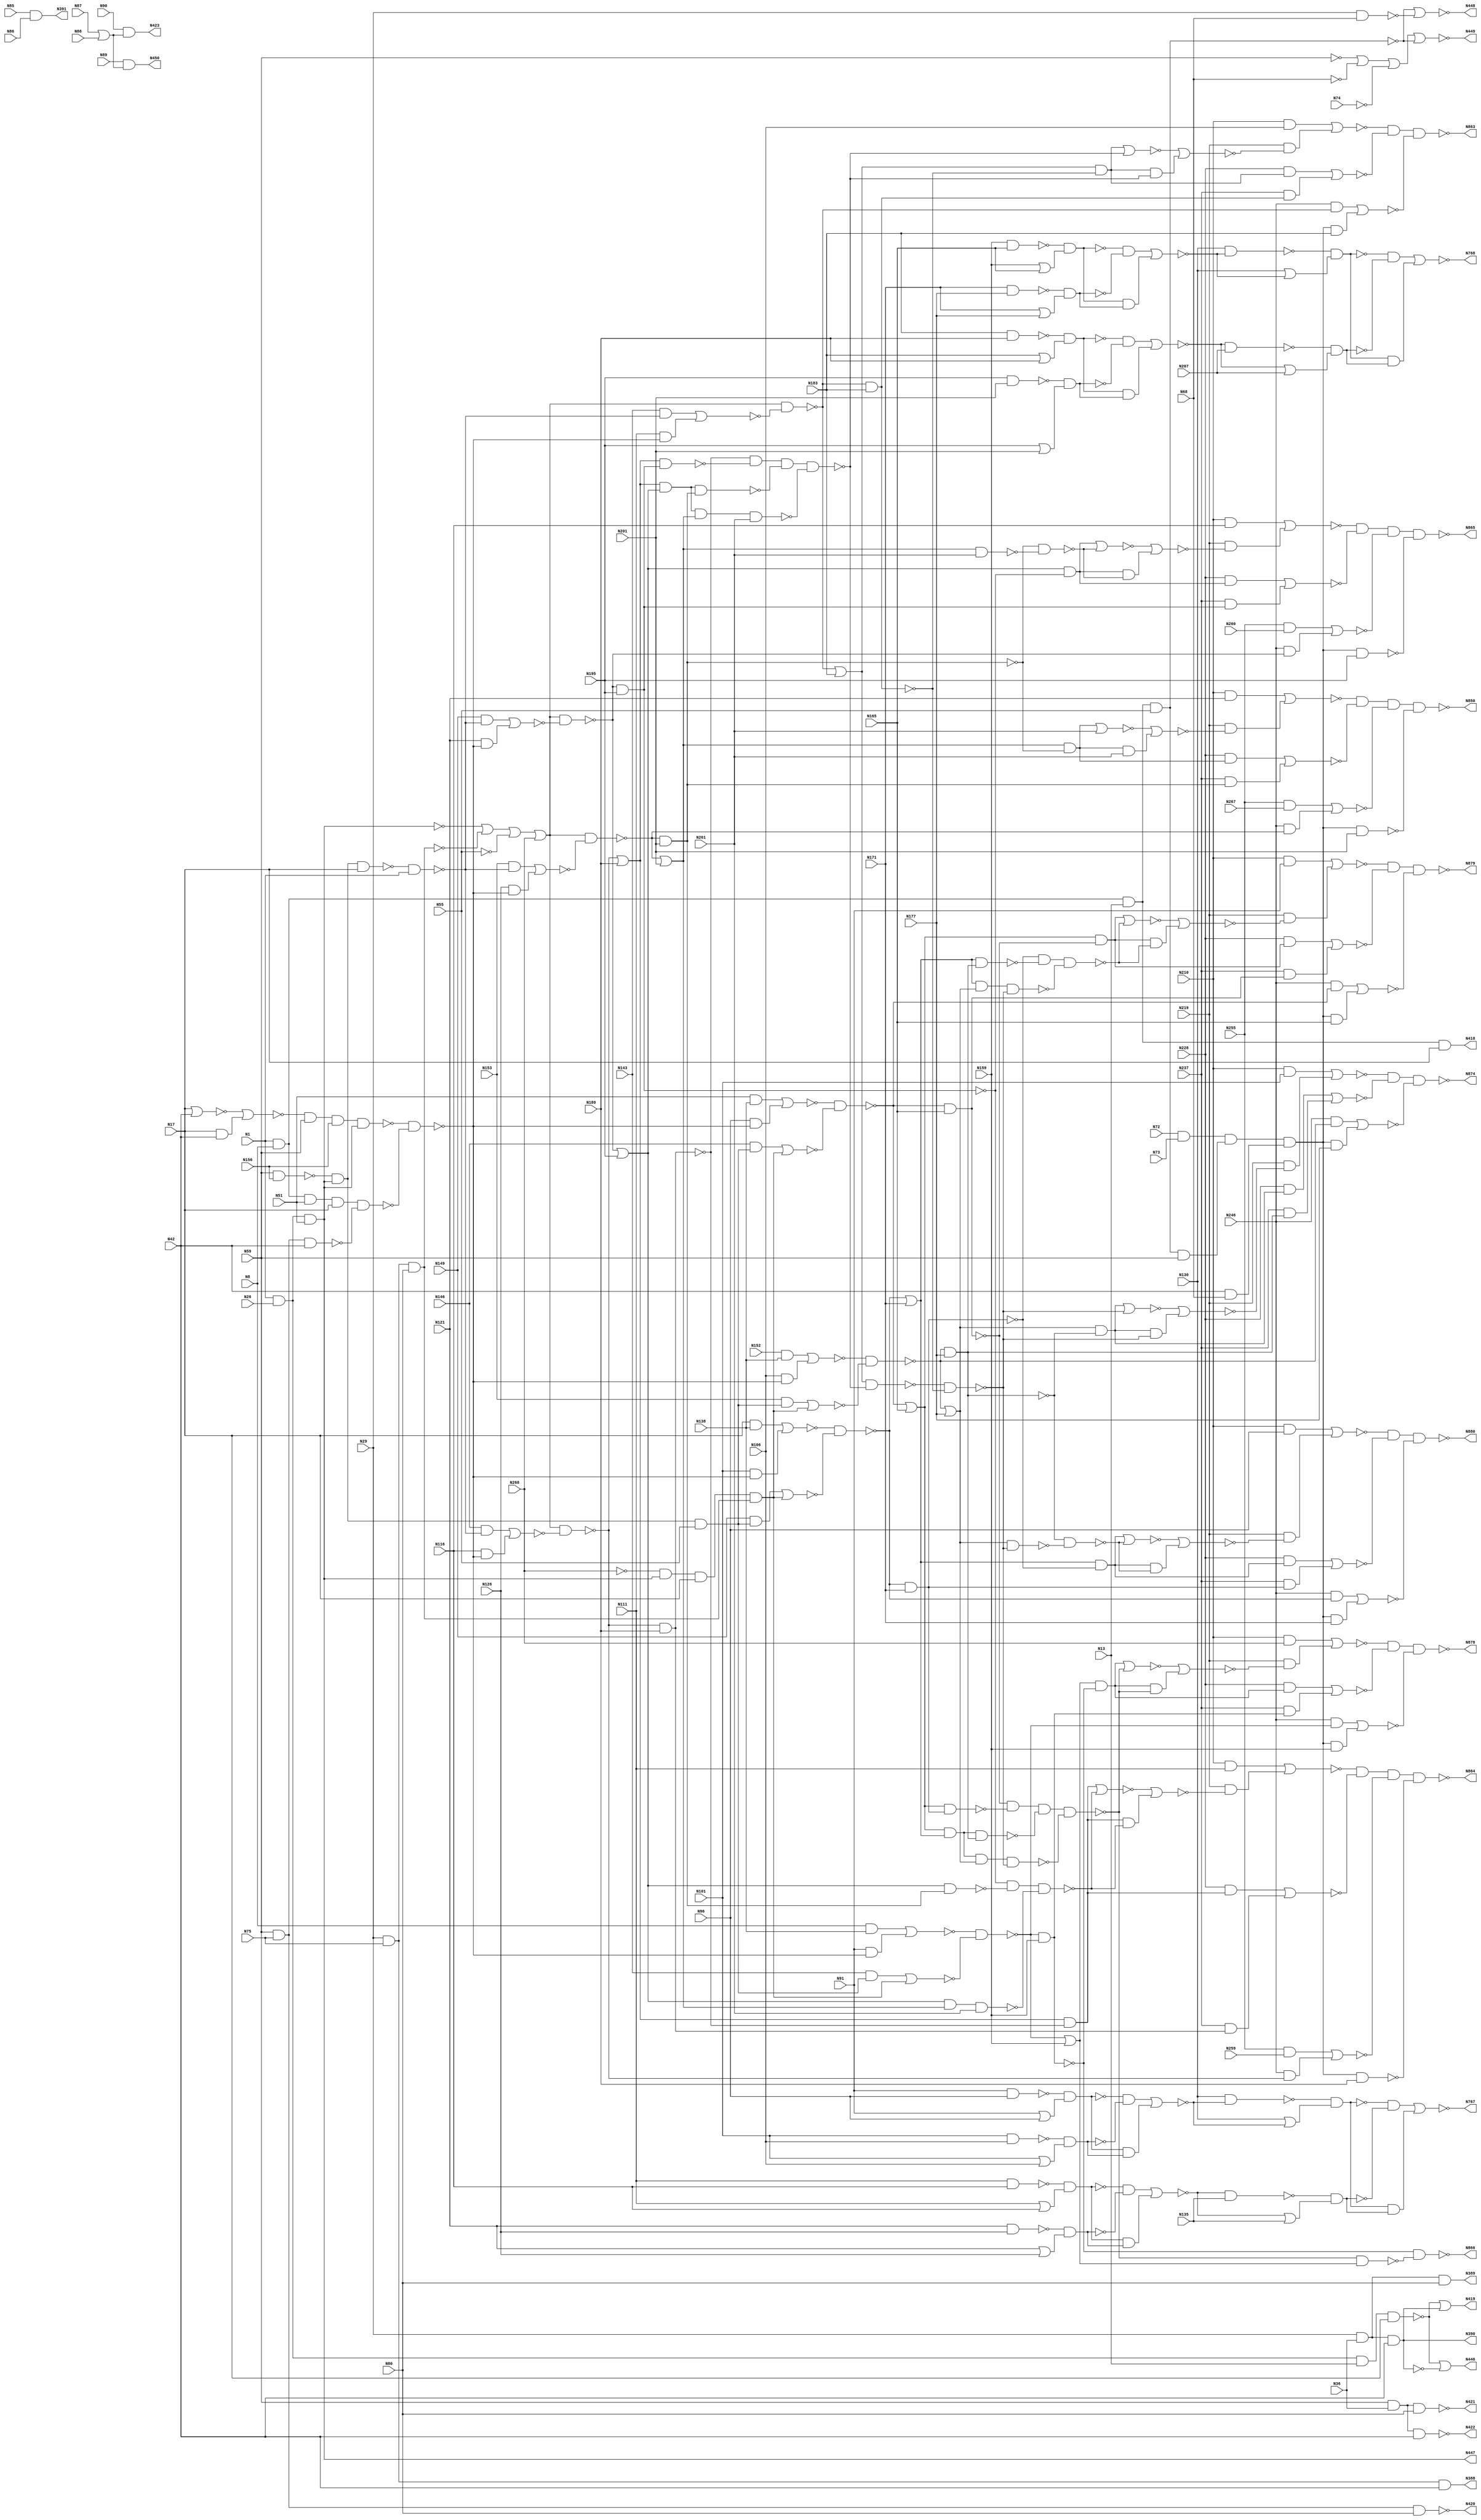

// Generated by Cadence Genus(TM) Synthesis Solution 16.22-s033_1
// Generated on: Jan 17 2020 11:34:32 EST (Jan 17 2020 16:34:32 UTC)

// Verification Directory fv/c880

module c880(N1, N8, N13, N17, N26, N29, N36, N42, N51, N55, N59, N68,
     N72, N73, N74, N75, N80, N85, N86, N87, N88, N89, N90, N91, N96,
     N101, N106, N111, N116, N121, N126, N130, N135, N138, N143, N146,
     N149, N152, N153, N156, N159, N165, N171, N177, N183, N189, N195,
     N201, N207, N210, N219, N228, N237, N246, N255, N259, N260, N261,
     N267, N268, N388, N389, N390, N391, N418, N419, N420, N421, N422,
     N423, N446, N447, N448, N449, N450, N767, N768, N850, N863, N864,
     N865, N866, N874, N878, N879, N880);
  input N1, N8, N13, N17, N26, N29, N36, N42, N51, N55, N59, N68, N72,
       N73, N74, N75, N80, N85, N86, N87, N88, N89, N90, N91, N96,
       N101, N106, N111, N116, N121, N126, N130, N135, N138, N143,
       N146, N149, N152, N153, N156, N159, N165, N171, N177, N183,
       N189, N195, N201, N207, N210, N219, N228, N237, N246, N255,
       N259, N260, N261, N267, N268;
  output N388, N389, N390, N391, N418, N419, N420, N421, N422, N423,
       N446, N447, N448, N449, N450, N767, N768, N850, N863, N864,
       N865, N866, N874, N878, N879, N880;
  wire N1, N8, N13, N17, N26, N29, N36, N42, N51, N55, N59, N68, N72,
       N73, N74, N75, N80, N85, N86, N87, N88, N89, N90, N91, N96,
       N101, N106, N111, N116, N121, N126, N130, N135, N138, N143,
       N146, N149, N152, N153, N156, N159, N165, N171, N177, N183,
       N189, N195, N201, N207, N210, N219, N228, N237, N246, N255,
       N259, N260, N261, N267, N268;
  wire N388, N389, N390, N391, N418, N419, N420, N421, N422, N423,
       N446, N447, N448, N449, N450, N767, N768, N850, N863, N864,
       N865, N866, N874, N878, N879, N880;
  wire N269, N270, N279, N280, N285, N287, N293, N294;
  wire N295, N296, N298, N301, N302, N303, N304, N305;
  wire N306, N307, N308, N309, N316, N317, N318, N319;
  wire N322, N323, N324, N325, N326, N327, N328, N329;
  wire N330, N331, N332, N333, N334, N335, N336, N337;
  wire N338, N339, N340, N341, N343, N347, N349, N350;
  wire N352, N355, N357, N360, N363, N366, N375, N376;
  wire N379, N382, N385, N400, N404, N405, N406, N407;
  wire N408, N409, N410, N411, N412, N413, N414, N415;
  wire N416, N417, N425, N426, N427, N442, N443, N444;
  wire N445, N460, N463, N466, N475, N476, N477, N479;
  wire N481, N483, N488, N492, N495, N498, N499, N500;
  wire N501, N502, N503, N504, N505, N506, N507, N508;
  wire N509, N510, N511, N512, N513, N514, N515, N516;
  wire N517, N518, N519, N520, N521, N522, N523, N524;
  wire N525, N526, N527, N528, N529, N530, N533, N536;
  wire N537, N538, N539, N540, N541, N542, N543, N544;
  wire N547, N550, N551, N552, N553, N557, N561, N565;
  wire N569, N573, N577, N581, N585, N586, N587, N588;
  wire N589, N590, N593, N596, N597, N600, N605, N606;
  wire N609, N615, N616, N619, N624, N625, N628, N631;
  wire N632, N635, N640, N641, N644, N650, N651, N654;
  wire N659, N662, N665, N669, N670, N673, N677, N678;
  wire N682, N686, N687, N692, N696, N697, N700, N704;
  wire N705, N708, N712, N713, N717, N721, N722, N727;
  wire N731, N732, N733, N734, N736, N737, N739, N740;
  wire N742, N743, N745, N746, N748, N749, N751, N752;
  wire N754, N755, N757, N758, N759, N760, N761, N762;
  wire N763, N764, N765, N766, N769, N770, N771, N772;
  wire N773, N777, N778, N781, N782, N785, N786, N787;
  wire N788, N789, N790, N791, N792, N793, N794, N795;
  wire N796, N802, N803, N804, N805, N806, N807, N808;
  wire N809, N810, N812, N813, N814, N815, N819, N822;
  wire N825, N826, N827, N828, N830, N831, N832, N833;
  wire N834, N835, N836, N841, N842, N843, N844, N845;
  wire N849, N851, N852, N853, N859, N860, N861, n_87;
  wire n_88, n_89, n_90, n_91, n_92, n_93, n_94, n_95;
  wire n_96;
  and AND2_18 (N391, N85, N86);
  and AND2_28 (N309, N8, N138);
  and AND2_30 (N316, N51, N138);
  and AND2_31 (N317, N17, N138);
  and AND2_32 (N318, N152, N138);
  and AND2_35 (N323, N17, N42);
  and AND2_44 (N332, N210, N91);
  and AND2_45 (N333, N210, N96);
  and AND2_46 (N334, N210, N101);
  and AND2_47 (N335, N210, N106);
  and AND2_48 (N336, N210, N111);
  and AND2_49 (N337, N255, N259);
  and AND2_50 (N338, N210, N116);
  and AND2_51 (N339, N255, N260);
  and AND2_52 (N340, N210, N121);
  and AND2_53 (N341, N255, N267);
  and AND2_68 (N423, N90, N298);
  and AND2_92 (N406, N357, N360);
  and AND2_95 (N409, N363, N366);
  and AND2_99 (N413, N376, N379);
  and AND2_102 (N416, N382, N385);
  and AND2_103 (N417, N210, N268);
  and AND2_111 (N425, N404, N405);
  and AND2_112 (N426, N407, N408);
  and AND2_118 (N444, N411, N412);
  and AND2_119 (N445, N414, N415);
  and AND2_129 (N475, N143, N427);
  and AND2_131 (N477, N146, N427);
  and AND2_133 (N479, N149, N427);
  and AND2_135 (N481, N153, N427);
  and AND2_148 (N502, N91, N466);
  and AND2_150 (N504, N96, N466);
  and AND2_152 (N506, N101, N466);
  and AND2_154 (N508, N106, N466);
  and AND2_156 (N510, N143, N483);
  and AND2_157 (N511, N111, N466);
  and AND2_158 (N512, N146, N483);
  and AND2_159 (N513, N116, N466);
  and AND2_160 (N514, N149, N483);
  and AND2_161 (N515, N121, N466);
  and AND2_162 (N516, N153, N483);
  and AND2_163 (N517, N126, N466);
  and AND2_168 (N522, N400, N159);
  and AND2_169 (N523, N400, N165);
  and AND2_170 (N524, N400, N171);
  and AND2_171 (N525, N400, N177);
  and AND2_172 (N526, N400, N183);
  and AND2_190 (N552, N530, N533);
  and AND2_201 (N587, N544, N547);
  and AND2_202 (N588, N550, N551);
  and AND2_203 (N589, N585, N586);
  and AND2_206 (N596, N246, N553);
  and AND2_209 (N605, N246, N557);
  and AND2_212 (N615, N246, N561);
  and AND2_215 (N624, N246, N565);
  and AND2_218 (N631, N246, N569);
  and AND2_221 (N640, N246, N573);
  and AND2_224 (N650, N246, N577);
  and AND2_227 (N659, N246, N581);
  and AND2_231 (N665, N593, N590);
  and AND2_234 (N673, N600, N597);
  and AND2_237 (N682, N609, N606);
  and AND2_240 (N692, N619, N616);
  and AND2_243 (N700, N628, N625);
  and AND2_246 (N708, N635, N632);
  and AND2_249 (N717, N644, N641);
  and AND2_252 (N727, N654, N651);
  and AND2_258 (N736, N228, N665);
  and AND2_259 (N737, N237, N662);
  and AND2_261 (N739, N228, N673);
  and AND2_262 (N740, N237, N670);
  and AND2_264 (N742, N228, N682);
  and AND2_265 (N743, N237, N678);
  and AND2_267 (N745, N228, N692);
  and AND2_268 (N746, N237, N687);
  and AND2_270 (N748, N228, N700);
  and AND2_271 (N749, N237, N697);
  and AND2_273 (N751, N228, N708);
  and AND2_274 (N752, N237, N705);
  and AND2_276 (N754, N228, N717);
  and AND2_277 (N755, N237, N713);
  and AND2_280 (N758, N727, N261);
  and AND2_281 (N759, N228, N727);
  and AND2_282 (N760, N237, N722);
  and AND2_304 (N789, N700, N773);
  and AND2_306 (N791, N708, N778);
  and AND2_308 (N793, N717, N782);
  and AND2_309 (N794, N219, N786);
  and AND2_317 (N807, N692, N796);
  and AND2_318 (N808, N219, N802);
  and AND2_319 (N809, N219, N803);
  and AND2_320 (N810, N219, N804);
  and AND2_334 (N831, N665, N815);
  and AND2_336 (N833, N673, N819);
  and AND2_338 (N835, N682, N822);
  and AND2_339 (N836, N219, N825);
  and AND2_352 (N849, N590, N841);
  and AND2_354 (N851, N219, N842);
  and AND2_355 (N852, N219, N843);
  and AND2_356 (N853, N219, N844);
  and AND3_3 (N390, N29, N36, N42);
  and AND3_4 (N447, N1, N26, N51);
  and AND3_10 (N287, N29, N75, N80);
  and AND3_11 (N388, N29, N75, N42);
  and AND3_12 (N389, N29, N36, N80);
  and AND3_14 (N293, N59, N75, N80);
  and AND3_15 (N294, N59, N75, N42);
  and AND3_16 (N295, N59, N36, N80);
  and AND3_17 (N296, N59, N36, N42);
  and AND3_113 (N427, N319, N447, N55);
  nand NAND2_8 (N285, N29, N68);
  nand NAND2_20 (N301, N91, N96);
  nand NAND2_22 (N303, N101, N106);
  nand NAND2_24 (N305, N111, N116);
  nand NAND2_26 (N307, N121, N126);
  nand NAND2_33 (N319, N59, N156);
  nand NAND2_36 (N324, N159, N165);
  nand NAND2_38 (N326, N171, N177);
  nand NAND2_40 (N328, N183, N189);
  nand NAND2_42 (N330, N195, N201);
  nand NAND2_67 (N355, N89, N298);
  nand NAND2_69 (N357, N301, N302);
  nand NAND2_70 (N360, N303, N304);
  nand NAND2_71 (N363, N305, N306);
  nand NAND2_72 (N366, N307, N308);
  nand NAND2_75 (N376, N324, N325);
  nand NAND2_76 (N379, N326, N327);
  nand NAND2_77 (N382, N328, N329);
  nand NAND2_78 (N385, N330, N331);
  nand NAND2_96 (N410, N347, N352);
  nand NAND2_128 (N466, N442, N410);
  nand NAND2_137 (N483, N443, N1);
  nand NAND2_144 (N498, N130, N460);
  nand NAND2_146 (N500, N463, N135);
  nand NAND2_164 (N518, N130, N492);
  nand NAND2_166 (N520, N495, N207);
  nand NAND2_173 (N527, N400, N189);
  nand NAND2_174 (N528, N400, N195);
  nand NAND2_175 (N529, N400, N201);
  nand NAND2_176 (N530, N498, N499);
  nand NAND2_177 (N533, N500, N501);
  nand NAND2_186 (N544, N518, N519);
  nand NAND2_187 (N547, N520, N521);
  nand NAND2_191 (N553, N536, N503);
  nand NAND2_192 (N557, N537, N505);
  nand NAND2_193 (N561, N538, N507);
  nand NAND2_194 (N565, N539, N509);
  nand NAND2_195 (N569, N488, N540);
  nand NAND2_196 (N573, N488, N541);
  nand NAND2_197 (N577, N488, N542);
  nand NAND2_198 (N581, N488, N543);
  nand NAND2_204 (N590, N553, N159);
  nand NAND2_207 (N597, N557, N165);
  nand NAND2_210 (N606, N561, N171);
  nand NAND2_213 (N616, N565, N177);
  nand NAND2_216 (N625, N569, N183);
  nand NAND2_219 (N632, N573, N189);
  nand NAND2_222 (N641, N577, N195);
  nand NAND2_225 (N651, N581, N201);
  nand NAND2_254 (N732, N654, N261);
  nand NAND2_283 (N761, N644, N722);
  nand NAND2_284 (N762, N635, N713);
  nand NAND2_286 (N764, N609, N687);
  nand NAND2_287 (N765, N600, N678);
  nand NAND2_299 (N782, N651, N732);
  nand NAND2_310 (N795, N628, N773);
  nand NAND2_311 (N796, N795, N625);
  nand NAND2_322 (N812, N619, N796);
  nand NAND2_327 (N822, N616, N812);
  nand NAND2_344 (N841, N815, N593);
  nand NAND3_117 (N443, N447, N319, N17);
  nand NAND3_255 (N733, N644, N654, N261);
  nand NAND3_285 (N763, N635, N644, N722);
  nand NAND3_288 (N766, N600, N609, N687);
  nand NAND3_297 (N778, N641, N761, N733);
  nand NAND3_323 (N813, N609, N619, N796);
  nand NAND3_326 (N819, N606, N764, N813);
  nand NAND3_340 (N863, N826, N777, N704);
  nand NAND3_357 (N874, N845, N772, N696);
  nand NAND3_370 (N878, N859, N769, N669);
  nand NAND3_371 (N879, N860, N770, N677);
  nand NAND3_372 (N880, N861, N771, N686);
  nand NAND4_1 (N269, N1, N8, N13, N17);
  nand NAND4_2 (N270, N1, N26, N13, N17);
  nand NAND4_5 (N279, N1, N8, N51, N17);
  nand NAND4_6 (N280, N1, N8, N13, N55);
  nand NAND4_116 (N442, N375, N59, N156, N447);
  nand NAND4_256 (N734, N635, N644, N654, N261);
  nand NAND4_295 (N773, N632, N762, N763, N734);
  nand NAND4_321 (N850, N805, N787, N731, N529);
  nand NAND4_324 (N814, N600, N609, N619, N796);
  nand NAND4_325 (N815, N597, N765, N766, N814);
  nand NAND4_341 (N864, N827, N781, N712, N527);
  nand NAND4_342 (N865, N828, N785, N721, N528);
  nor NOR2_34 (N322, N17, N42);
  nor NOR2_74 (N375, N322, N323);
  nor NOR2_126 (N460, N406, N425);
  nor NOR2_127 (N463, N409, N426);
  nor NOR2_142 (N492, N413, N444);
  nor NOR2_143 (N495, N416, N445);
  nor NOR2_149 (N503, N475, N476);
  nor NOR2_151 (N505, N477, N476);
  nor NOR2_153 (N507, N479, N476);
  nor NOR2_155 (N509, N481, N476);
  nor NOR2_178 (N536, N309, N502);
  nor NOR2_179 (N537, N316, N504);
  nor NOR2_180 (N538, N317, N506);
  nor NOR2_181 (N539, N318, N508);
  nor NOR2_182 (N540, N510, N511);
  nor NOR2_183 (N541, N512, N513);
  nor NOR2_184 (N542, N514, N515);
  nor NOR2_185 (N543, N516, N517);
  nor NOR2_228 (N767, N552, N588);
  nor NOR2_229 (N768, N587, N589);
  nor NOR2_232 (N669, N596, N522);
  nor NOR2_235 (N677, N605, N523);
  nor NOR2_238 (N686, N615, N524);
  nor NOR2_241 (N696, N624, N525);
  nor NOR2_244 (N704, N631, N526);
  nor NOR2_247 (N712, N337, N640);
  nor NOR2_250 (N721, N339, N650);
  nor NOR2_253 (N731, N341, N659);
  nor NOR2_279 (N757, N727, N261);
  nor NOR2_291 (N769, N736, N737);
  nor NOR2_292 (N770, N739, N740);
  nor NOR2_293 (N771, N742, N743);
  nor NOR2_294 (N772, N745, N746);
  nor NOR2_296 (N777, N748, N749);
  nor NOR2_298 (N781, N751, N752);
  nor NOR2_300 (N785, N754, N755);
  nor NOR2_301 (N786, N757, N758);
  nor NOR2_302 (N787, N759, N760);
  nor NOR2_303 (N788, N700, N773);
  nor NOR2_305 (N790, N708, N778);
  nor NOR2_307 (N792, N717, N782);
  nor NOR2_312 (N802, N788, N789);
  nor NOR2_313 (N803, N790, N791);
  nor NOR2_314 (N804, N792, N793);
  nor NOR2_315 (N805, N340, N794);
  nor NOR2_316 (N806, N692, N796);
  nor NOR2_328 (N825, N806, N807);
  nor NOR2_329 (N826, N335, N808);
  nor NOR2_330 (N827, N336, N809);
  nor NOR2_331 (N828, N338, N810);
  nor NOR2_333 (N830, N665, N815);
  nor NOR2_335 (N832, N673, N819);
  nor NOR2_337 (N834, N682, N822);
  nor NOR2_345 (N842, N830, N831);
  nor NOR2_346 (N843, N832, N833);
  nor NOR2_347 (N844, N834, N835);
  nor NOR2_348 (N845, N334, N836);
  nor NOR2_362 (N859, N417, N851);
  nor NOR2_363 (N860, N332, N852);
  nor NOR2_364 (N861, N333, N853);
  not NOT1_54 (N418, N269);
  not NOT1_55 (N343, N390);
  not NOT1_59 (N347, N279);
  not NOT1_63 (N420, N293);
  not NOT1_64 (N352, N294);
  not NOT1_65 (N421, N295);
  not NOT1_66 (N422, N296);
  not NOT1_87 (N448, N349);
  not NOT1_88 (N449, N350);
  not NOT1_89 (N450, N355);
  not NOT1_90 (N404, N357);
  not NOT1_91 (N405, N360);
  not NOT1_93 (N407, N363);
  not NOT1_94 (N408, N366);
  not NOT1_97 (N411, N376);
  not NOT1_98 (N412, N379);
  not NOT1_100 (N414, N382);
  not NOT1_101 (N415, N385);
  not NOT1_188 (N550, N530);
  not NOT1_189 (N551, N533);
  not NOT1_199 (N585, N544);
  not NOT1_200 (N586, N547);
  not NOT1_230 (N662, N590);
  not NOT1_233 (N670, N597);
  not NOT1_236 (N678, N606);
  not NOT1_239 (N687, N616);
  not NOT1_242 (N697, N625);
  not NOT1_245 (N705, N632);
  not NOT1_248 (N713, N641);
  not NOT1_251 (N722, N651);
  not NOT1_361 (N866, N849);
  or OR2_19 (N298, N87, N88);
  or OR2_21 (N302, N91, N96);
  or OR2_23 (N304, N101, N106);
  or OR2_25 (N306, N111, N116);
  or OR2_27 (N308, N121, N126);
  or OR2_37 (N325, N159, N165);
  or OR2_39 (N327, N171, N177);
  or OR2_41 (N329, N183, N189);
  or OR2_43 (N331, N195, N201);
  or OR2_56 (N419, N270, N390);
  or OR2_61 (N349, N280, N285);
  or OR2_83 (N446, N270, N343);
  or OR2_145 (N499, N130, N460);
  or OR2_147 (N501, N463, N135);
  or OR2_165 (N519, N130, N492);
  or OR2_167 (N521, N495, N207);
  or OR2_205 (N593, N553, N159);
  or OR2_208 (N600, N557, N165);
  or OR2_211 (N609, N561, N171);
  or OR2_214 (N619, N565, N177);
  or OR2_217 (N628, N569, N183);
  or OR2_220 (N635, N573, N189);
  or OR2_223 (N644, N577, N195);
  or OR2_226 (N654, N581, N201);
  or g1 (N350, n_87, n_88, n_89, N280);
  not g2 (n_87, N59);
  not g3 (n_88, N68);
  not g4 (n_89, N74);
  and g5 (n_91, n_90, N59);
  not g6 (n_90, N280);
  and g7 (n_92, N42, N68);
  and g8 (N400, N72, N73, n_91, n_92);
  or g9 (N488, n_93, n_94, n_95, N268);
  not g10 (n_93, N447);
  not g11 (n_94, N287);
  not g12 (n_95, N55);
  and g13 (N476, n_96, N447, N17, N287);
  not g14 (n_96, N268);
endmodule